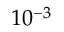
1 0 ^ { - 3 }